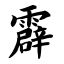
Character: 霹